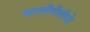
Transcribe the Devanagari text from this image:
चालीरीतीचे